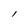
Character: l